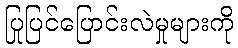
ပြုပြင်ပြောင်းလဲမှုများကို